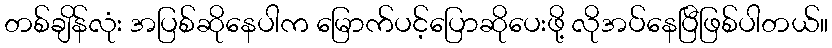
တစ်ချိန်လုံး အပြစ်ဆိုနေပါက မြောက်ပင့်ပြောဆိုပေးဖို့ လိုအပ်နေပြီဖြစ်ပါတယ်။